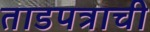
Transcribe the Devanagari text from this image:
ताडपत्राची